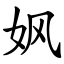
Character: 㚯